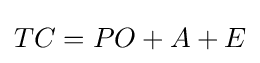
TC={PO+A+E}